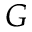
G